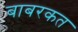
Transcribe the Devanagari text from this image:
बाबरकत